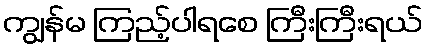
ကျွန်မ ကြည့်ပါရစေ ကြီးကြီးရယ်